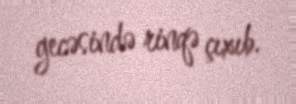
gecəsində rinqə çıxıb.